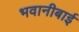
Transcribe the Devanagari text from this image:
भवानीबाई